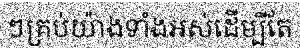
ៗគ្រប់យ៉ាងទាំងអស់ដើម្បីតែ